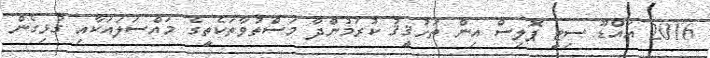
2016 އައްޑޫ ސިޓީ ޕޮލިސް އިން ތަހުޤީޤު ކުރަމުންދާ މަސްތުވާތަކެތީގެ މައްސަލައަކާއި ގުޅިގެން